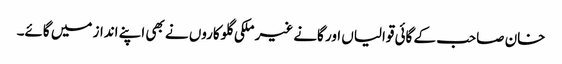
خان صاحب کے گائی قوالیاں اور گانے غیر ملکی گلوکاروں نے بھی اپنے انداز میں گائے۔